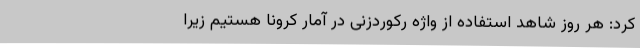
کرد: هر روز شاهد استفاده از واژه رکوردزنی در آمار کرونا هستیم زیرا